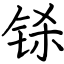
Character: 铩